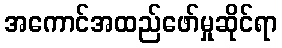
အကောင်အထည်ဖော်မှုဆိုင်ရာ